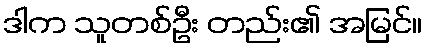
ဒါက သူတစ်ဦး တည်း၏ အမြင်။